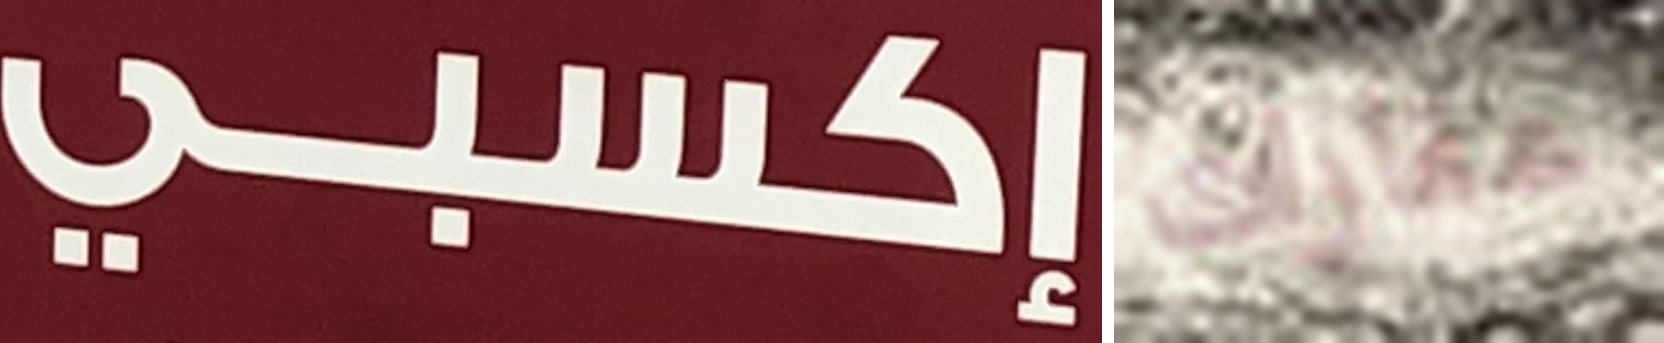
إكسبي عقارات